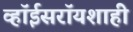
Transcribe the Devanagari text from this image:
व्हॉईसरॉयशाही